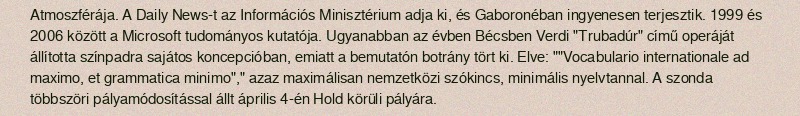
Atmoszférája. A Daily News-t az Információs Minisztérium adja ki, és Gaboronéban ingyenesen terjesztik. 1999 és 2006 között a Microsoft tudományos kutatója. Ugyanabban az évben Bécsben Verdi "Trubadúr" című operáját állította színpadra sajátos koncepcióban, emiatt a bemutatón botrány tört ki. Elve: ""Vocabulario internationale ad maximo, et grammatica minimo"," azaz maximálisan nemzetközi szókincs, minimális nyelvtannal. A szonda többszöri pályamódosítással állt április 4-én Hold körüli pályára.